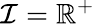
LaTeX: \mathcal{I}=\mathbb{R}^{+}